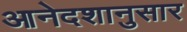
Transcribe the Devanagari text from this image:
आनेदशानुसार